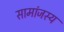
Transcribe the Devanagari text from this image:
सामांजस्य